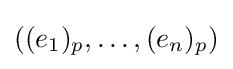
((e_{1})_{p},\ldots ,(e_{n})_{p})